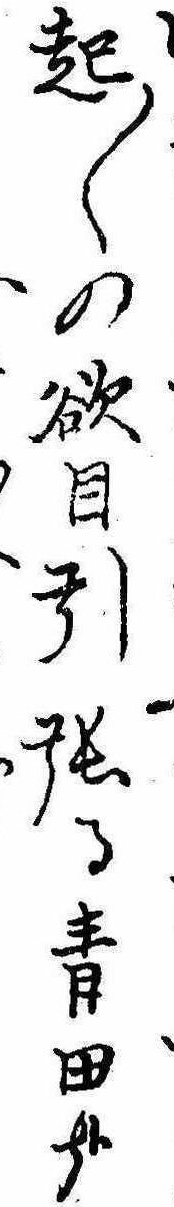
起〱の欲目引張る青田哉